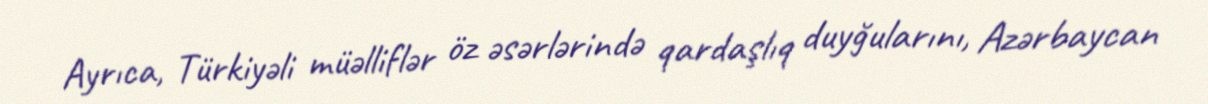
Ayrıca, Türkiyəli müəlliflər öz əsərlərində qardaşlıq duyğularını, Azərbaycan